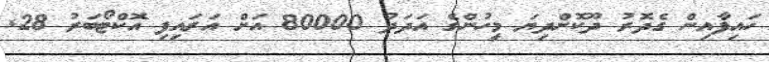
ހައިފާއިން ގެދޮރު ދޫކޮށްދިޔަ މީހުންގެ އަދަދު 80000 އަށް އަރައިފި އޮކްޓޯބަރު 28